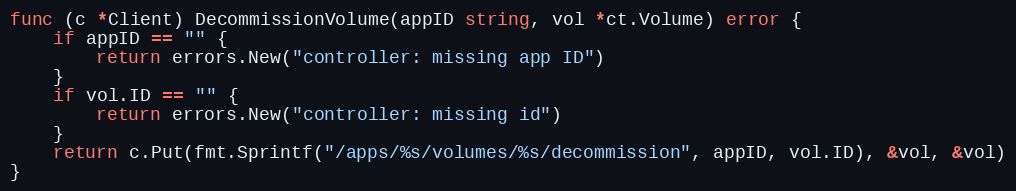
Language: Go
func (c *Client) DecommissionVolume(appID string, vol *ct.Volume) error {
	if appID == "" {
		return errors.New("controller: missing app ID")
	}
	if vol.ID == "" {
		return errors.New("controller: missing id")
	}
	return c.Put(fmt.Sprintf("/apps/%s/volumes/%s/decommission", appID, vol.ID), &vol, &vol)
}